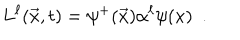
LaTeX: L ^ { \ell } ( \vec { x } , t ) = \psi ^ { + } ( \vec { x } ) \alpha ^ { \ell } \psi ( x ) ~ ~ .